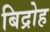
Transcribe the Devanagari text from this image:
बिद्रोह